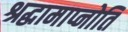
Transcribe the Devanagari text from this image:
श्रद्धामाप्नोति